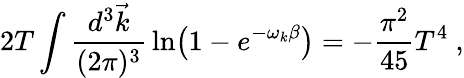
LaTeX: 2T\int{\frac{d^{3}\vec{k}}{(2\pi)^{3}}}\ln\bigl(1-e^{-\omega_{k}\beta}\bigr)=-{\frac{\pi^{2}}{45}}T^{4}\ ,